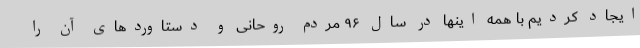
ایجاد کردیم با همه اینها در سال ۹۶ مردم روحانی و دستاوردهای آن را